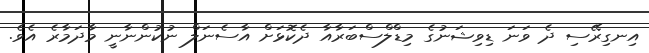
އިނގިރޭސި ދެ ވަނަ ޑިވިޝަނުގެ މިޑްލްސްބަރާއާ ދެކޮޅަށް އާސެނަލް ނުކުންނާނީ މާދަމާރެ އެވެ.